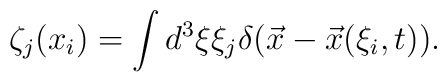
\zeta_j(x_i)=\int d^3 \xi \xi_j\delta(\vec x-\vec x(\xi_i,t)).